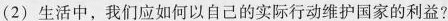
(2)生活中，我们应如何以自己的实际行动维护国家的利益?